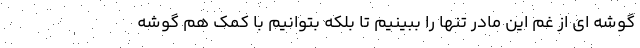
گوشه ای از غم این مادر تنها را ببینیم تا بلکه بتوانیم با کمک هم گوشه